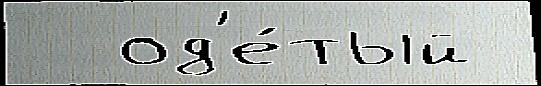
  од'е́тый